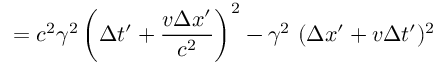
= c ^ { 2 } \gamma ^ { 2 } \left( \Delta t ^ { \prime } + { \frac { v \Delta x ^ { \prime } } { c ^ { 2 } } } \right) ^ { 2 } - \gamma ^ { 2 } \ ( \Delta x ^ { \prime } + v \Delta t ^ { \prime } ) ^ { 2 }